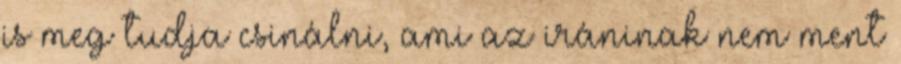
is meg tudja csinálni, ami az iráninak nem ment